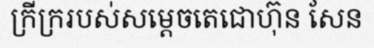
ក្រីក្ររបស់សម្តេចតេជោហ៊ុន សែន